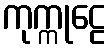
ကုက္ကုဠေ